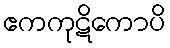
ဧကကုဋိကောပိ